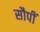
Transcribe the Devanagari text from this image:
सौपीं